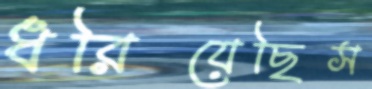
ধরিয়েছিস